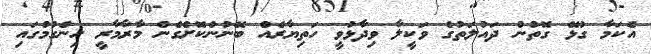
އެކަމާ ގުޅޭ ގޮތުން ދައުލަތުގެ ވަކީލާ ވިދާޅުވީ ހަތިޔާރެއް ބޭނުންކޮށްގެން މާރާމާރީ ހިންގުމުގައި